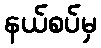
နယ်စပ်မှ